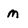
Character: m